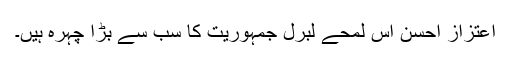
اعتزاز احسن اس لمحے لبرل جمہوریت کا سب سے بڑا چہرہ ہیں۔